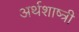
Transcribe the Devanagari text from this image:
अर्थशाष्त्री